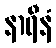
နာရီနံ